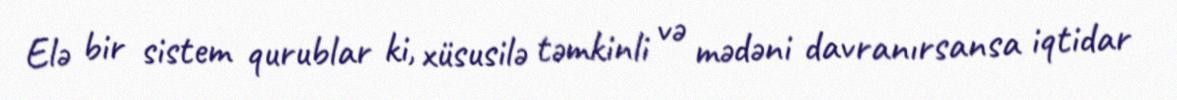
Elə bir sistem qurublar ki, xüsusilə təmkinli və mədəni davranırsansa iqtidar